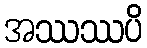
အဿဿပိ